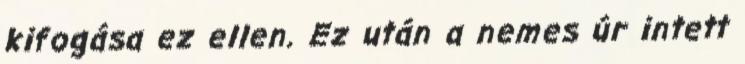
kifogása ez ellen. Ez után a nemes úr intett